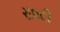
રાવટી